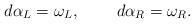
LaTeX: \begin{align*}d\alpha_L=\omega_L,\;\;\;\;\;\;\;\;d\alpha_R=\omega_R.\end{align*}